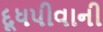
દૂધપીવાની